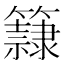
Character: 𥶾